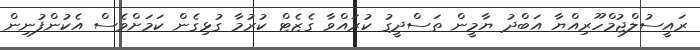
ރައީސުލްޖުމްހޫރިއްޔާ އަބްދު ޔާމީން ތަސްދީގު ކުރައްވާ ގެޒެޓް ކުރުމާ ގުޅިގެން ކަމަށްވެސް އެކުންފުނިން